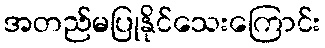
အတည်မပြုနိုင်သေးကြောင်း